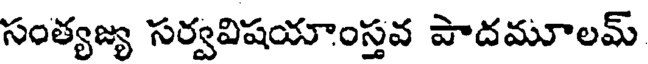
సంత్యజ్య సర్వవిషయాంస్తవ పాదమూలమ్